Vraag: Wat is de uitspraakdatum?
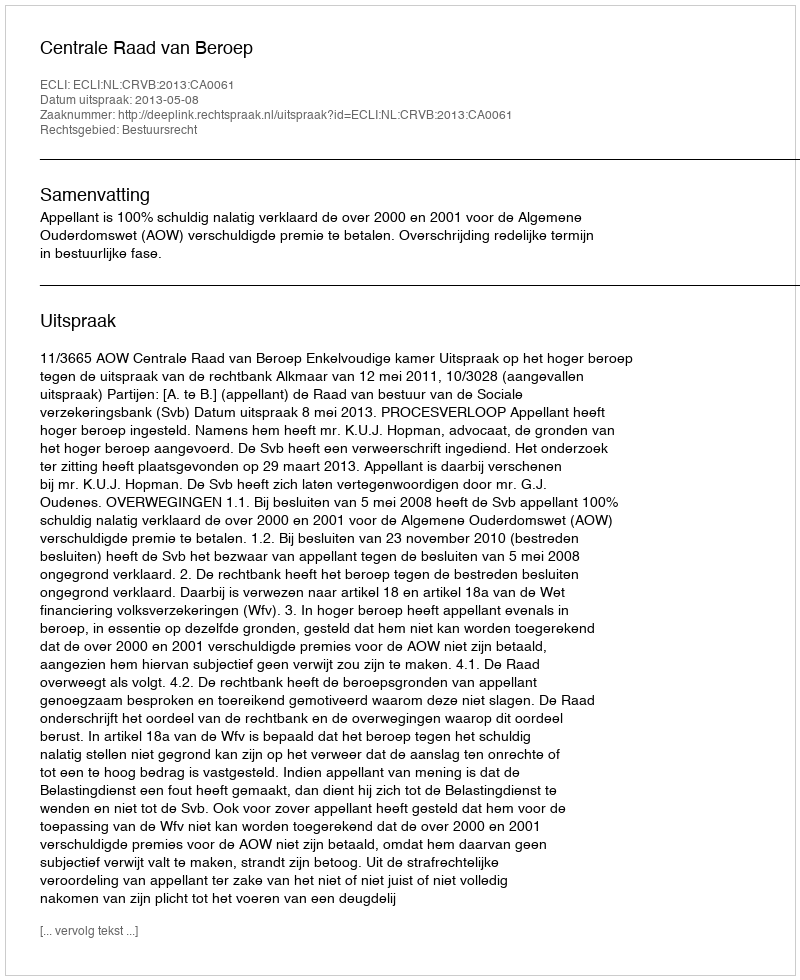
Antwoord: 2013-05-08